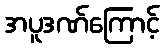
အပူဒဏ်ကြောင့်